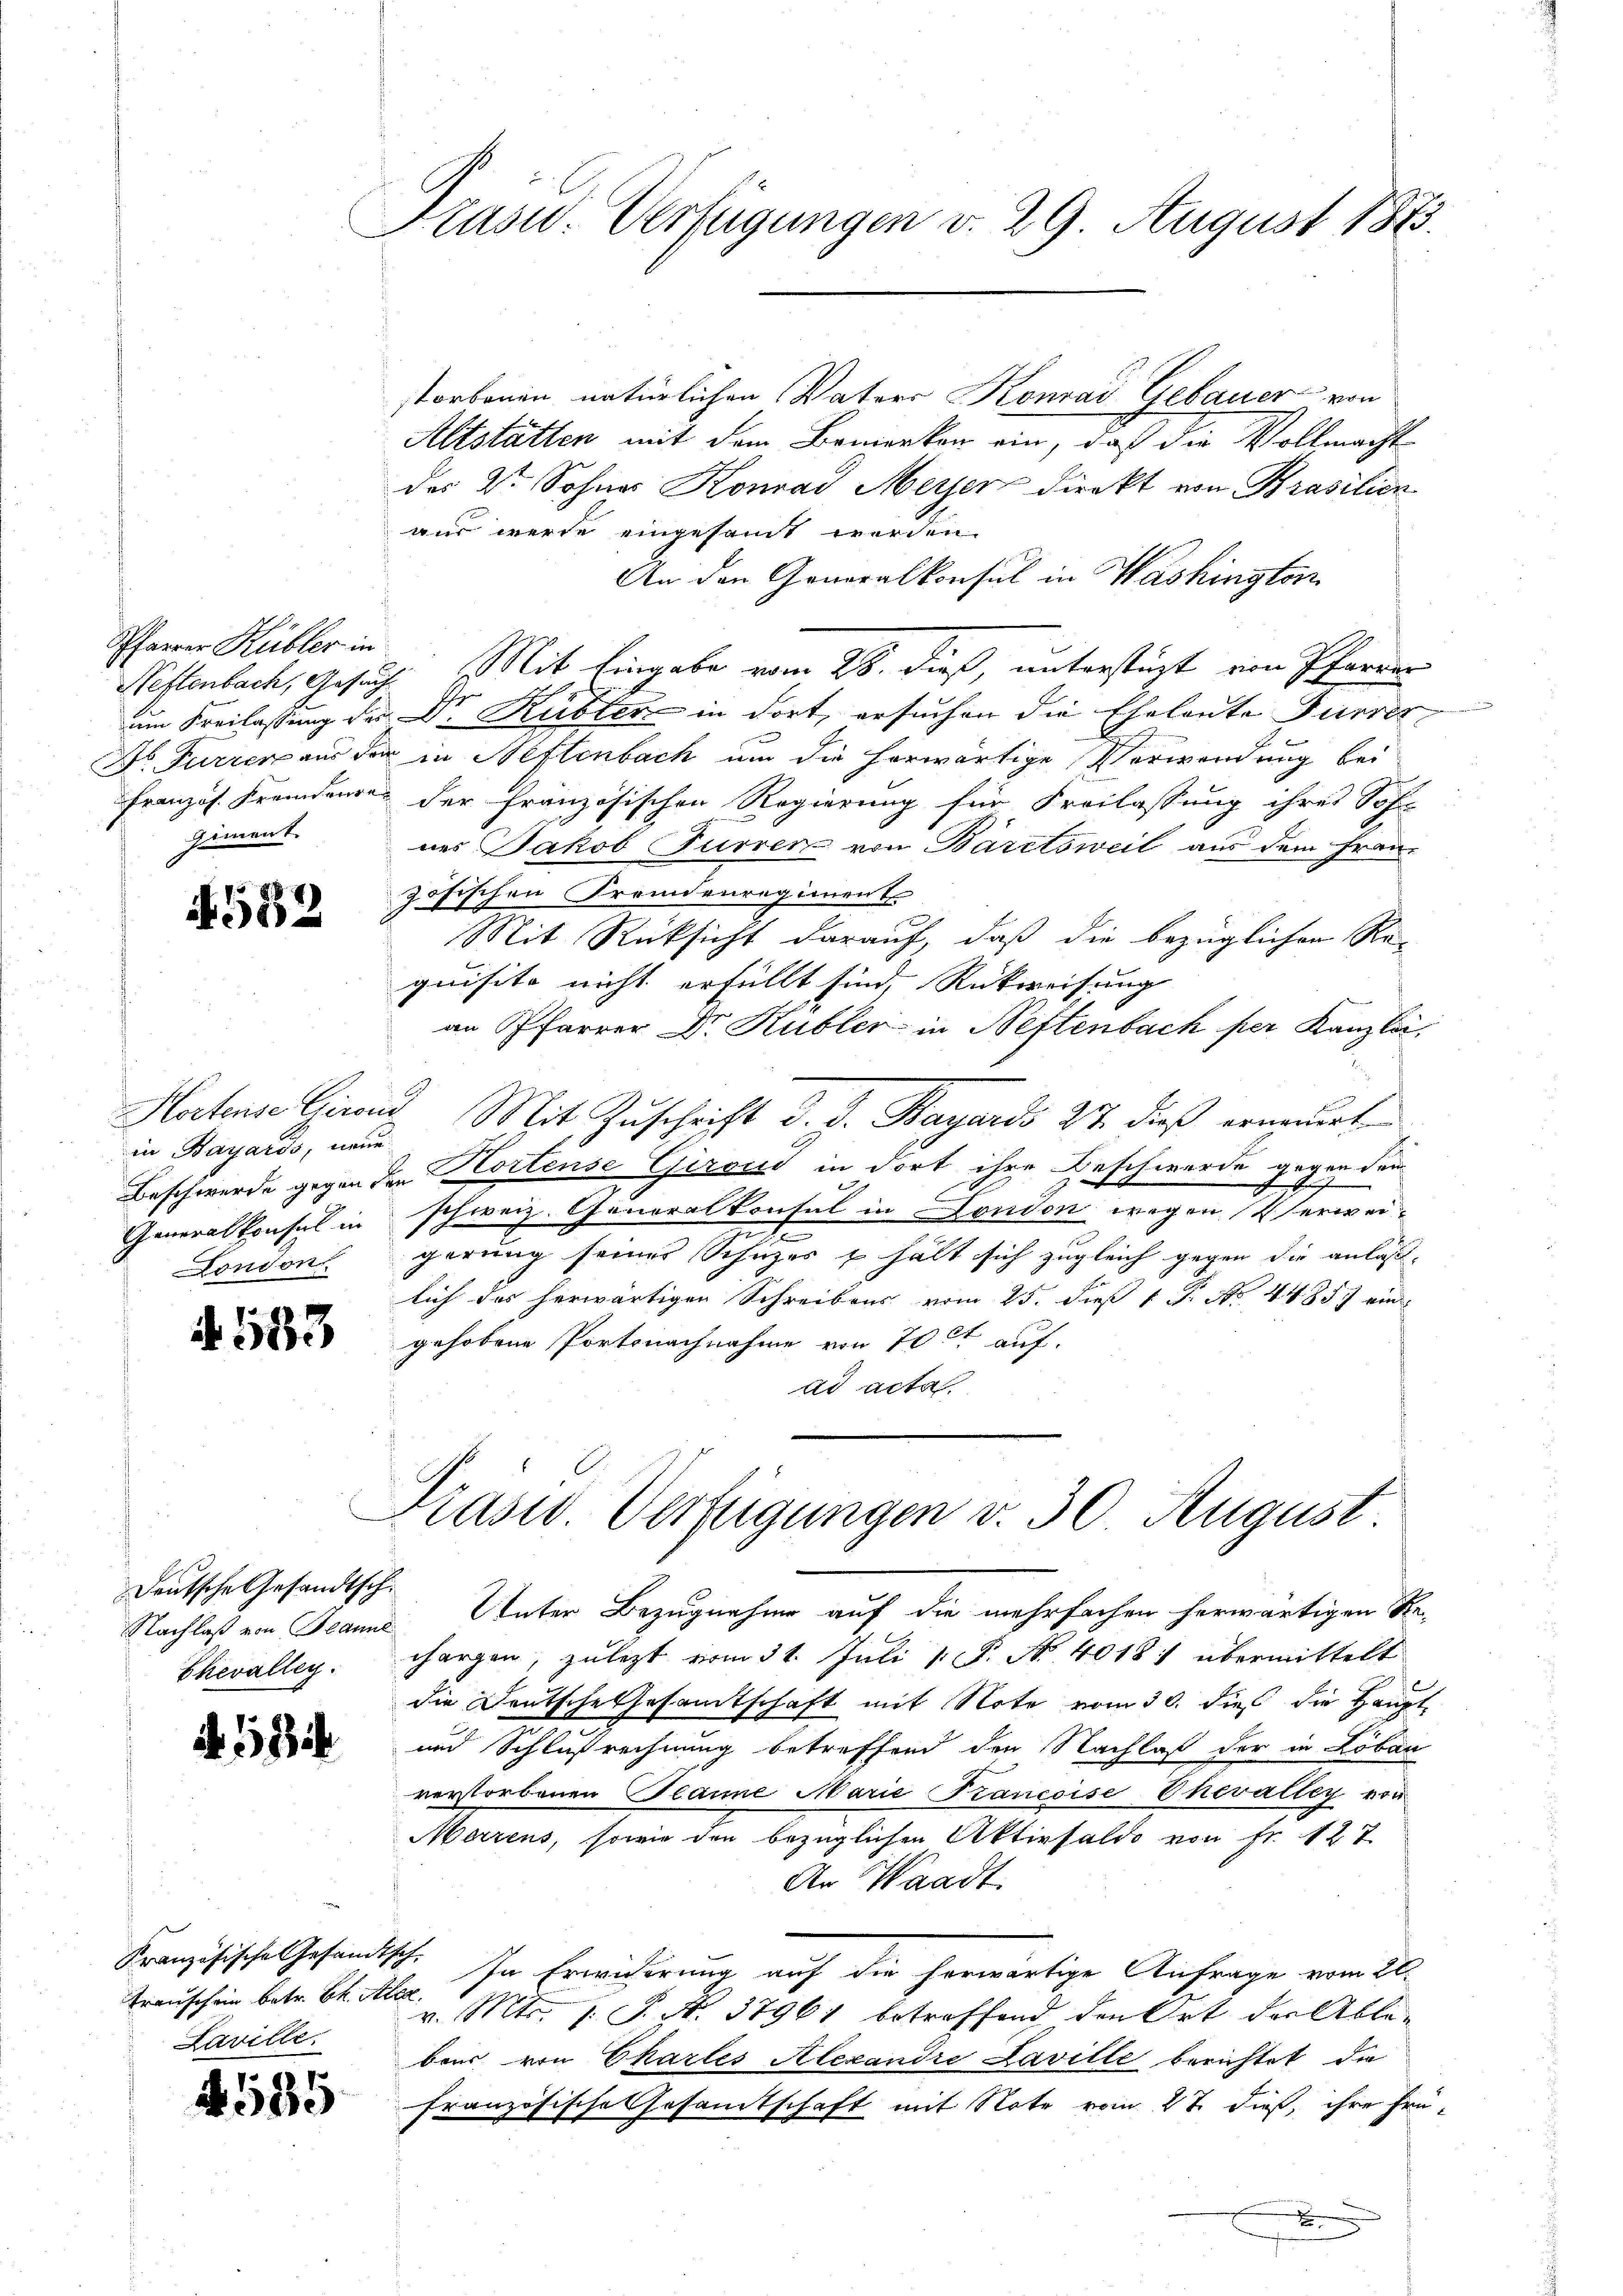
Pfarrer Kübler in
giment.

A.532

in Bayards, neue
London

533

Deutsche Gesandtsch.
Chevalleg.

A. 18

Kranzösische Gesandtsch.
transchein betr. Ct. Aber
Laville.

4585

Präsid. Verfügungen v. 29. August 1875.

storbenen natürlichen Vaters Konrad Gebauer von
Altstätten mit dem Bemerken ein, daß die Vollmacht
des 2te Sohnes Konrad Meyer direkt von Brasilien
aus werde eingesamt werden.
An den Generalkonsul in Washington
Neftenbach, Gesuch. Mit Eingabe vom 28. dieß, unterstüzt von Pfarrer
um Freilassung der Dr. Rubler in dort, ersuchen die Eheleute Furrer
Dr. Furren aus der in Neftenbach um die herwärtige Verwendung bei
Französ. Fremden der Französischen Regierung für Freilassung ihres Soh
nes Jakob Furren von Bäretsweil aus dem Franz
göfischen Fremdenregiment
Mit Rücksicht darauf, daß die bezüglichen Re-
quisite nicht erfüllt sind, Rückweisung
an Pfarrer Dr. Kubler in Pettenbach per Kanzlei,
Hertende Giraut Mit Zuschrift d. d. Bayards 27. dieß erneuert
Beschwerde gegen den Kortense Gironi in dort ihre Beschwerde gegen dem
.

Generalkonsul in schweiz. Generalkontul in London wegen Verweit
gerung seines Schüzes & hält sich zugleich gegen die anlaßlich das herwärtigen Schreibens vom 25. dieß 1 S. No. 44. 857 ein
gehobene Portsnachnahme von 70 et auf.
ad acta

Prasw. Verfügungen v. 30. August

Nachlaß von Jeanne Unter Bezugnahme auf die mehrfachen herwärtigen Re-
chargen, zulezt vom 31. Juli 1 P. Nr. 40181 übermittelt
die Deutsche Gesamtschaft mit Note vom 30. dieß die Haupt-
und Schlußrechnung betreffend den Nachlaß der in Löbau
verstorbenen Planne Marie Trancoise Ehevalley von
Merzens, sowie den bezüglichen Aktivsaldo von Fr. 127
An Waadt.
In Erwiderung auf die herwärtige Anfrage vom 21.
v. Mts. 1. P. N. 37961 betroffend den Ort der Ablebens von Chartes Alexandre Laville berichtet, die
französische Gesamtschaft mit Note vom 27. dieß, ihre früx